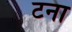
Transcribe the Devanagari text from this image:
टना